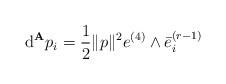
LaTeX: \begin{align*} \hbox{d}^\mathbf{A}p_i = \frac{1}{2}\|p\|^2e^{(4)}\wedge \bar{e}_i^{(r-1)}\end{align*}